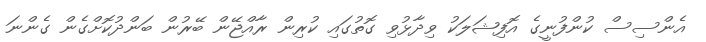
އެންސިސް ކުންފުނީގެ އޮފިޝަލަކު ވިދާޅުވި ގޮތުގައި ކުރިން ރާއްޖޭން ބޭރުން ބަންދުކޮށްގެން ގެންނަ